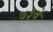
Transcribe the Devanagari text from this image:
७३वे